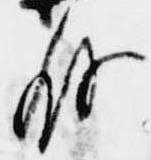
存